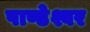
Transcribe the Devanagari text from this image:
पाण्डेश्वर